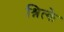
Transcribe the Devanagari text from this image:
श्नित्के